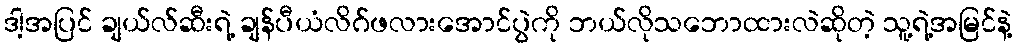
ဒါ့အပြင် ချယ်လ်ဆီးရဲ့ ချန်ပီယံလိဂ်ဖလားအောင်ပွဲကို ဘယ်လိုသဘောထားလဲဆိုတဲ့ သူ့ရဲ့အမြင်နဲ့